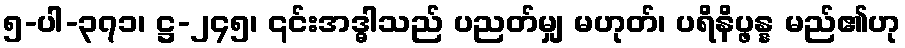
၅-ပါ-၃၇၁၊ ဋ္ဌ-၂၄၅၊ ၎င်းအဒ္ဓါသည် ပညတ်မျှ မဟုတ်၊ ပရိနိပ္ဖန္န မည်၏ဟု